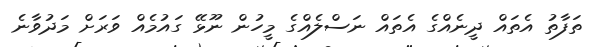
ތަފާތު އެތައް ދީނެއްގެ އެތައް ނަސްލެއްގެ މީހުން ނޫޅޭ ގައުމެއް ވަރަށް މަދުވާނެ